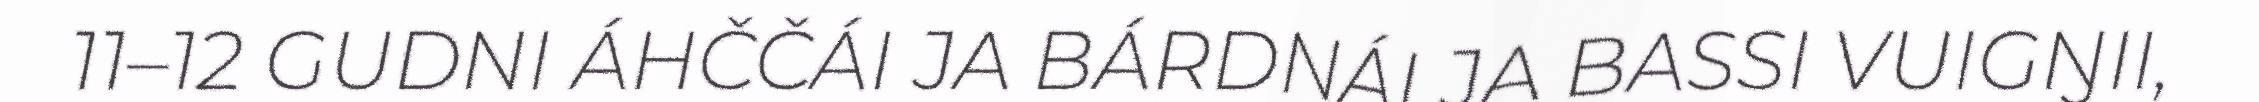
11–12 GUDNI ÁHČČÁI JA BÁRDNÁI JA BASSI VUIGŊII,